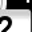
Digit: 2